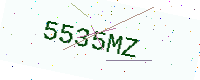
Text: 5535MZ